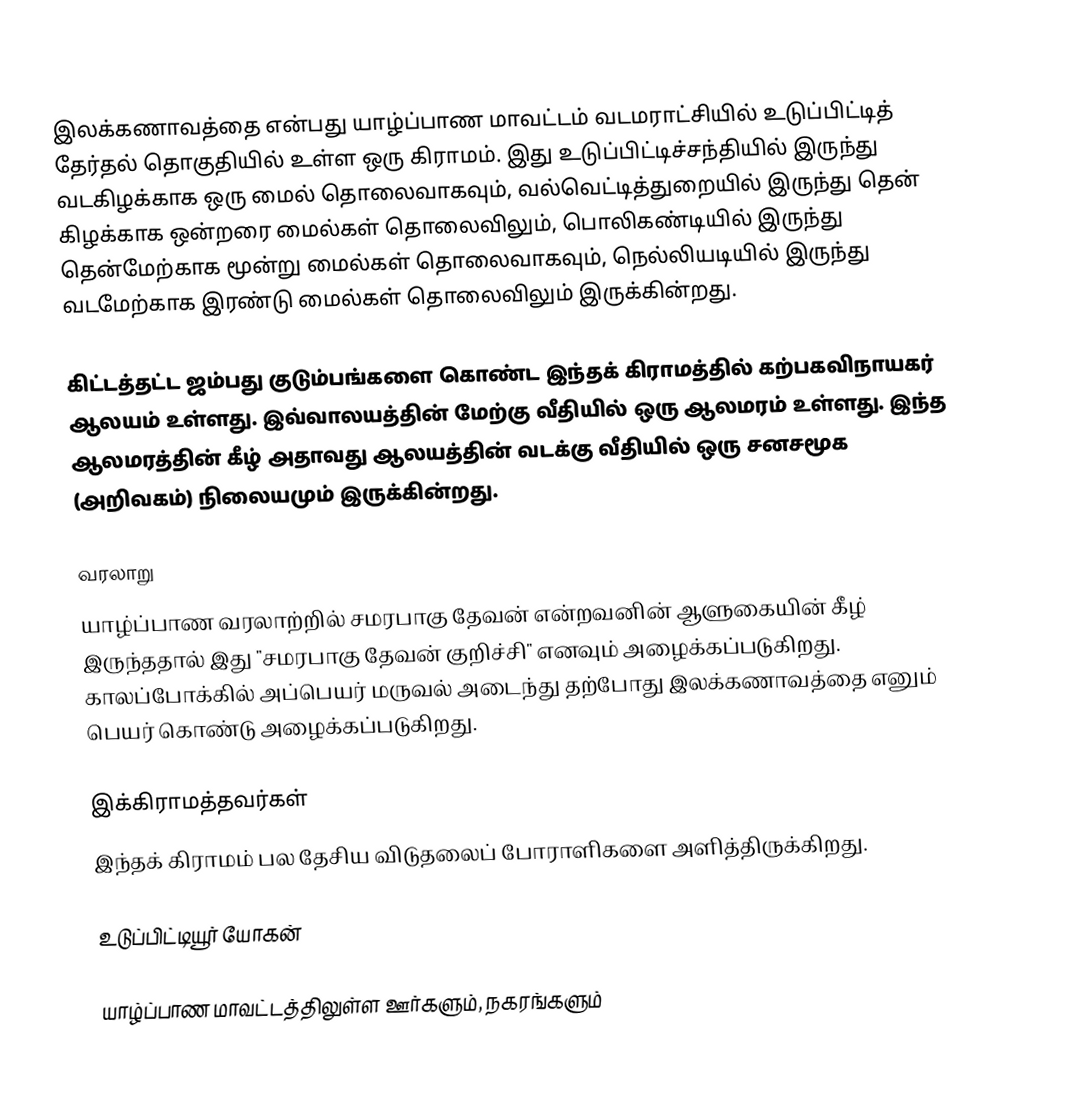
இலக்கணாவத்தை என்பது யாழ்ப்பாண மாவட்டம் வடமராட்சியில் உடுப்பிட்டித் தேர்தல் தொகுதியில் உள்ள ஒரு கிராமம். இது உடுப்பிட்டிச்சந்தியில் இருந்து வடகிழக்காக ஒரு மைல் தொலைவாகவும், வல்வெட்டித்துறையில் இருந்து தென் கிழக்காக ஒன்றரை மைல்கள் தொலைவிலும், பொலிகண்டியில் இருந்து தென்மேற்காக மூன்று மைல்கள் தொலைவாகவும், நெல்லியடியில் இருந்து வடமேற்காக இரண்டு மைல்கள் தொலைவிலும் இருக்கின்றது.

கிட்டத்தட்ட ஜம்பது குடும்பங்களை கொண்ட இந்தக் கிராமத்தில் கற்பகவிநாயகர் ஆலயம் உள்ளது. இவ்வாலயத்தின் மேற்கு வீதியில் ஒரு ஆலமரம் உள்ளது. இந்த ஆலமரத்தின் கீழ் அதாவது ஆலயத்தின் வடக்கு வீதியில் ஒரு சனசமூக (அறிவகம்) நிலையமும் இருக்கின்றது.

வரலாறு
யாழ்ப்பாண வரலாற்றில் சமரபாகு தேவன் என்றவனின் ஆளுகையின் கீழ் இருந்ததால் இது "சமரபாகு தேவன் குறிச்சி" எனவும் அழைக்கப்படுகிறது. காலப்போக்கில் அப்பெயர் மருவல் அடைந்து தற்போது இலக்கணாவத்தை எனும் பெயர் கொண்டு அழைக்கப்படுகிறது.

இக்கிராமத்தவர்கள்
இந்தக் கிராமம் பல தேசிய விடுதலைப் போராளிகளை அளித்திருக்கிறது.

உடுப்பிட்டியூர் யோகன்

யாழ்ப்பாண மாவட்டத்திலுள்ள ஊர்களும், நகரங்களும்